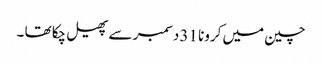
چین میں کرونا 31 دسمبر سے پھیل چکا تھا ۔